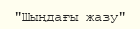
"Шыңдағы жазу"